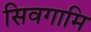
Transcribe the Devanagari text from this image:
सिवगामि